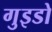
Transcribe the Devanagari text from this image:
गुइडो